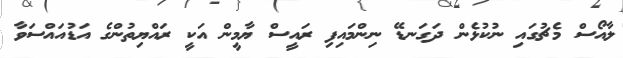
ލާއޯސް މެޗުގައި ނުކުޅެން ދަގަނޑޭ ނިންމައިފި ރައީސް ޔާމީން އަކީ ރައްޔިތުންގެ އަޑުއައްސަވާ